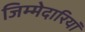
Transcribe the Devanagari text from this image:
जिम्मेदारियॉं